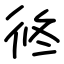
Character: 㣠